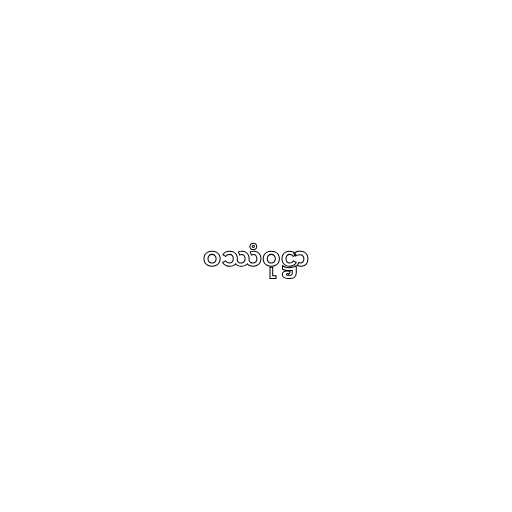
ဝဿံဝုဋ္ဌာ